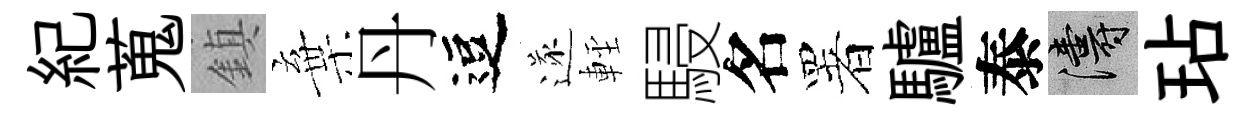
紀蒐鎮棄丹逗遂䡖駸名署驢泰濤玷